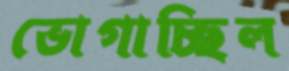
ভোগাচ্ছিল